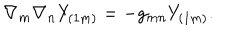
LaTeX: \nabla _ { m } \nabla _ { n } Y _ { ( 1 m ) } = - g _ { m n } Y _ { ( 1 m ) } .